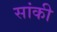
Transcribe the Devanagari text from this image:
सांकी